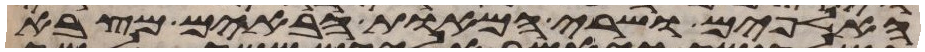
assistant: האלפים ושרי המאות הבאים מצבא